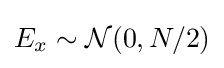
E_{x}\sim {\mathcal {N}}(0,N/2)